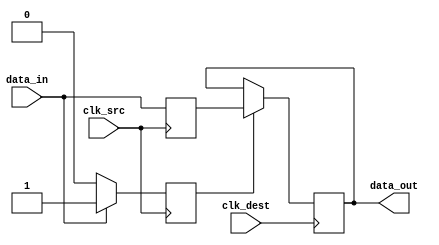
module pulsed_synchronizer (
    input wire clk_src,     // Source clock
    input wire clk_dest,    // Destination clock
    input wire data_in,     // Asynchronous input signal
    output reg data_out      // Synchronized output signal
);

    // Internal signals
    reg data_in_sync1;      // First stage of synchronization
    reg pulse;               // Pulse signal for detection

    // Parameters for pulse width
    parameter PULSE_WIDTH = 2; // Define the pulse width in clock cycles

    // Pulse generation logic
    always @(posedge clk_src) begin
        if (data_in) begin
            pulse <= 1'b1; // Generate pulse on data_in high
        end else begin
            pulse <= 1'b0; // Clear pulse when data_in is low
        end
    end

    // Synchronization logic
    always @(posedge clk_src) begin
        // Capture the data_in signal
        data_in_sync1 <= data_in;
    end

    always @(posedge clk_dest) begin
        // Capture the first synchronized signal
        if (pulse) begin
            data_out <= data_in_sync1; // Update output with synchronized data
        end else begin
            data_out <= data_out; // Maintain the current output state
        end
    end

endmodule